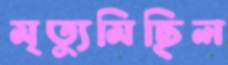
মৃত্যুমিছিল